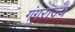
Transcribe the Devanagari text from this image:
गंगराज्य